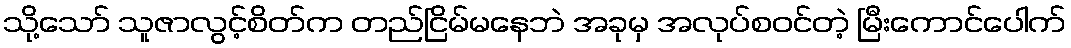
သို့သော် သူဇာလွင့်စိတ်က တည်ငြိမ်မနေဘဲ အခုမှ အလုပ်စဝင်တဲ့ မြီးကောင်ပေါက်